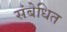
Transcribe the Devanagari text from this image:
संबेधित